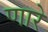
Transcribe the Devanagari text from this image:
णारे